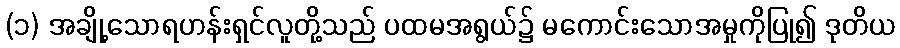
(၁) အချို့သောရဟန်းရှင်လူတို့သည် ပထမအရွယ်၌ မကောင်းသောအမှုကိုပြု၍ ဒုတိယ